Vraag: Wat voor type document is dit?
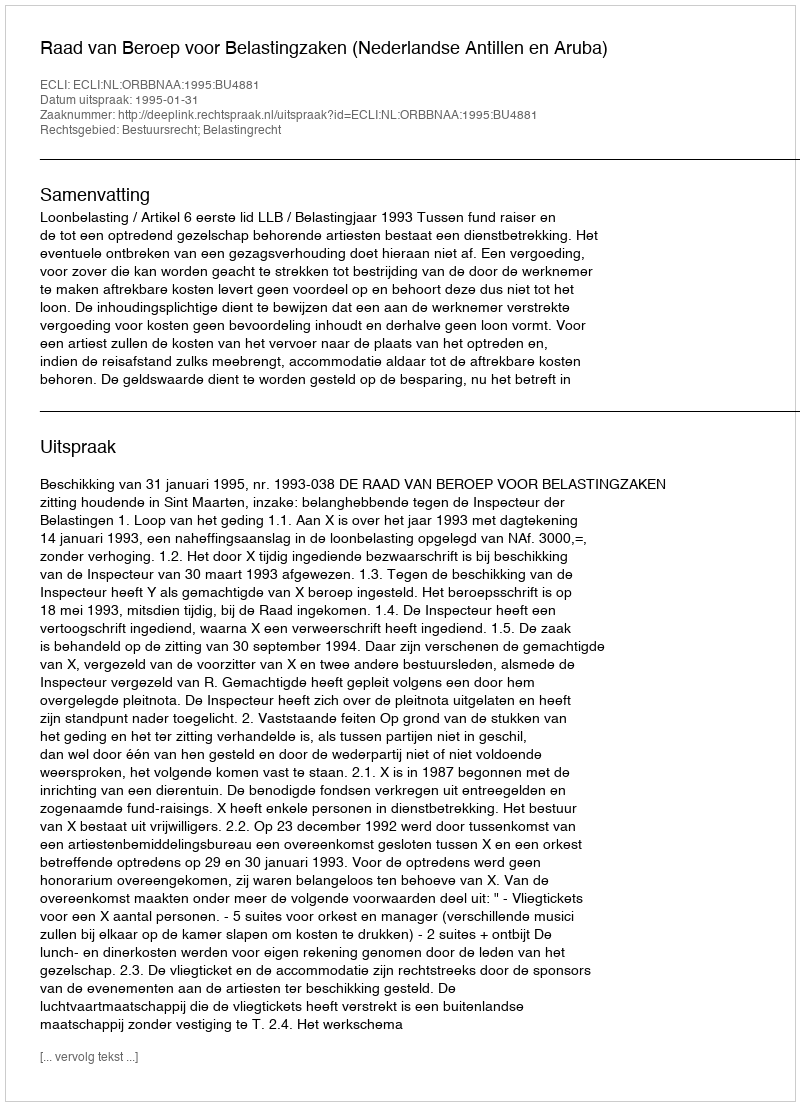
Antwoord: Uitspraak